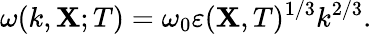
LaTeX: \omega(k,{\textbf{X}};T)=\omega_{0}\varepsilon({\textbf{X}},T)^{1/3}k^{2/3}.